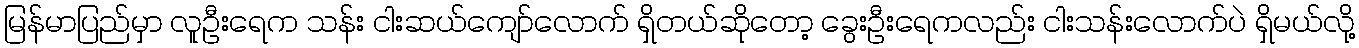
မြန်မာပြည်မှာ လူဦးရေက သန်း ငါးဆယ်ကျော်လောက် ရှိတယ်ဆိုတော့ ခွေးဦးရေကလည်း ငါးသန်းလောက်ပဲ ရှိမယ်လို့